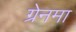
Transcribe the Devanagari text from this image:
ग्रेनमा